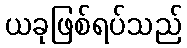
ယခုဖြစ်ရပ်သည်